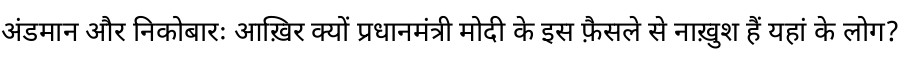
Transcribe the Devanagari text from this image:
अंडमान और निकोबारः आख़िर क्यों प्रधानमंत्री मोदी के इस फ़ैसले से नाख़ुश हैं यहां के लोग?